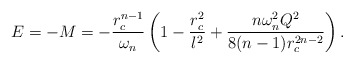
\begin{align*}E=-M =-\frac{r_c^{n-1}}{\omega_n} \left (1 -\frac{r_c^2}{l^2} + \frac{n\omega_n^2 Q^2}{8(n-1)r_c^{2n-2}}\right).\end{align*}